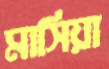
মাসিয়া